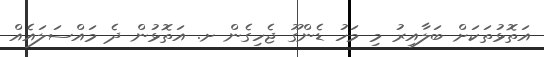
އަތޮޅުތަކަށް ބަލާއިރު މި މަހު ޑެންގޫ ޖެހިގެން ށ. އަތޮޅުން ދެ މައްސަލައެއް